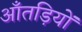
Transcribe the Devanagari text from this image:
आँतड़ियों